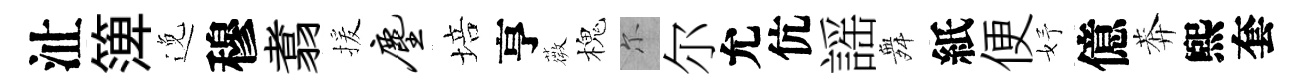
沚𥱼𨓜穆翥援尘培亨薇槐尓尔允伉謡舞紙便妤億莾煕套